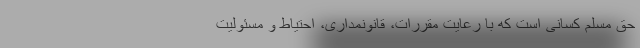
حق مسلم کسانی است که با رعایت مقررات، قانونمداری، احتیاط و مسئولیت